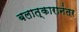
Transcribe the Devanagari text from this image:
बलात्कारानंतर